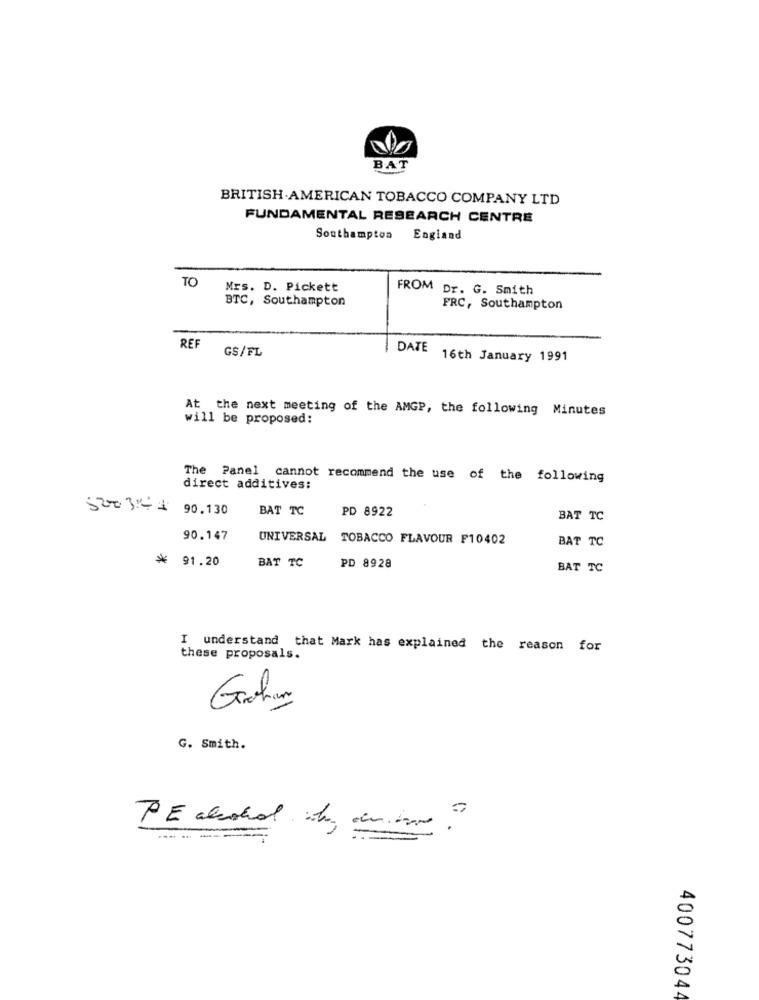
BAT
BRITISH AMERICAN TOBACCO COMPANY LTD
FUNDAMENTAL RESEARCH CENTRE
Southampton
England
TO
Mrs. D. Pickett
FROM Dr. G. Smith
BTC, Southampton
FRC, Southampton
REF
GS/FL
DATE
16th January 1991
At the next meeting of the AMGP, the following Minutes
will be proposed:
The Panel cannot recommend the use of the following
direct additives:
90.130
BAT TC
PD 8922
BAT TC
90.147
UNIVERSAL TOBACCO FLAVOUR F10402
BAT TC
*
91.20
BAT TC
PD 8928
BAT TC
I understand that Mark has explained the reason for
these proposals.
Graham
G. Smith.
40077304